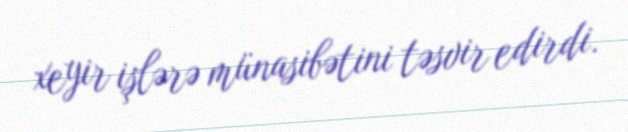
xeyir işlərə münasibətini təsvir edirdi.